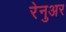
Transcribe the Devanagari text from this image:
रेनुअर